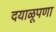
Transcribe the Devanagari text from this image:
दयाळूपणा